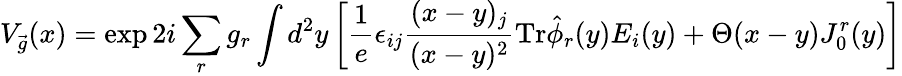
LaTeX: V_{\vec{g}}(x)=\exp 2i\sum_{r}g_{r}\int d^{2}y\left[\frac{1}{e}\epsilon_{ij}{\frac{(x-y)_{j}}{(x-y)^{2}}}\mathrm{Tr}\hat{\phi}_{r}(y)E_{i}(y)+\Theta(x-y)J_{0}^{r}(y)\right]